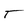
Character: T